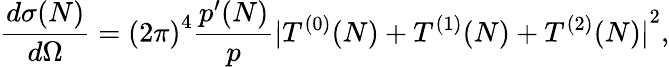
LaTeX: \frac{d{\sigma}(N)}{d\Omega}={(2\pi)}^{4}\frac{{p^{\prime}}{(N)}}{p}{|T^{(0)}(N)+T^{(1)}(N)+T^{(2)}(N)|}^{2},